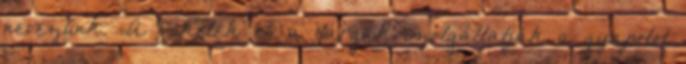
nevezünk. „A feketék és a sárgák szolgáltatják a gyapotot